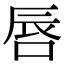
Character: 唇